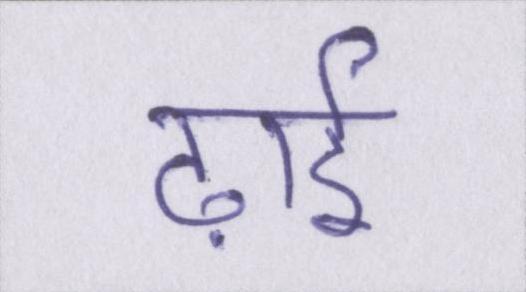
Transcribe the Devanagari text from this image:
ढ़ाई